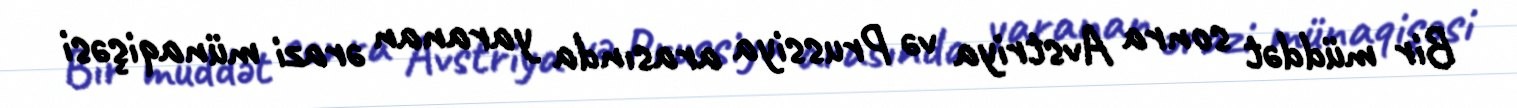
Bir müddət sonra Avstriya və Prussiya arasında yaranan ərazi münaqişəsi